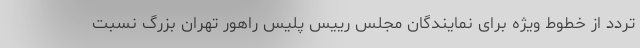
تردد از خطوط ویژه برای نمایندگان مجلس رییس پلیس راهور تهران بزرگ نسبت